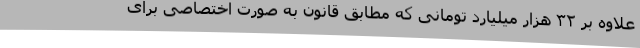
علاوه بر ۳۲ هزار میلیارد تومانی که مطابق قانون به صورت اختصاصی برای